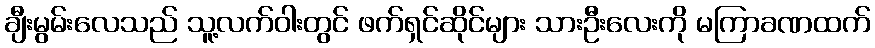
ချီးမွမ်းလေသည် သူ့လက်ဝါးတွင် ဖက်ရှင်ဆိုင်များ သားဦးလေးကို မကြာခဏထက်